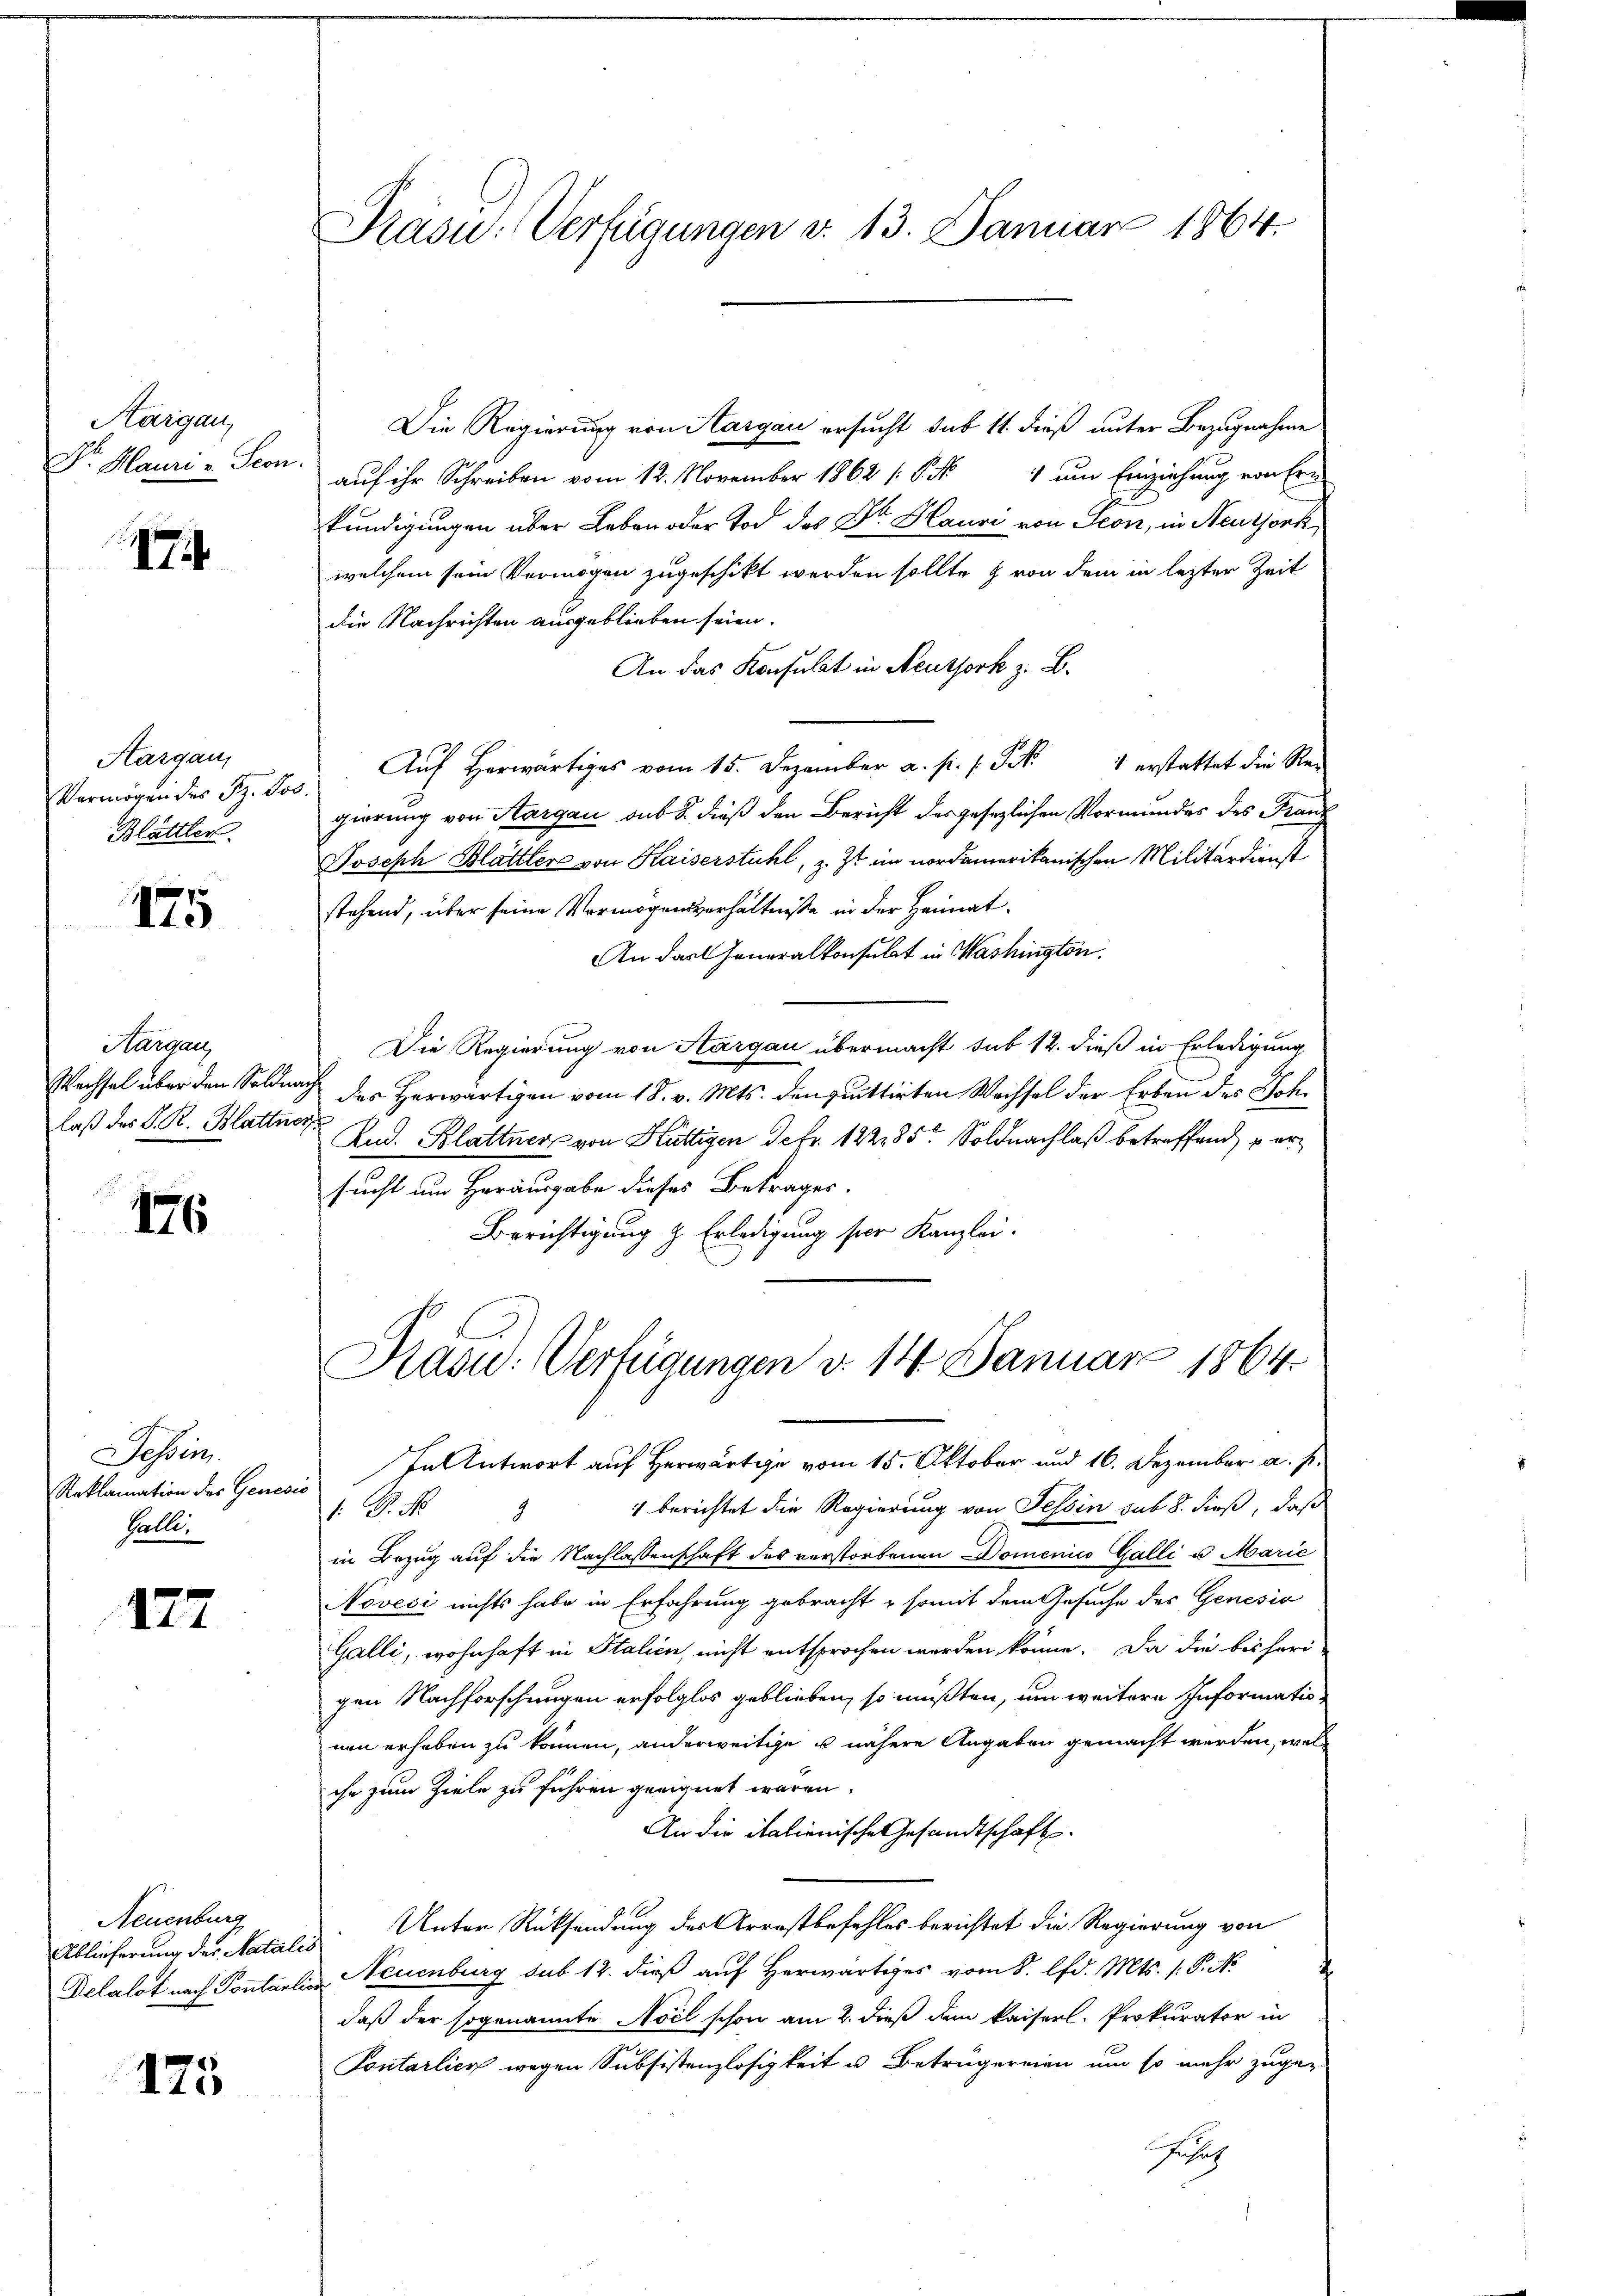
Kargau,
Dr. Mauri v. Scon.

17

Aargau,
Vermögen des Sz. Jos
Blättler

175

Aargau,
Wechsel über den Soldna
laß des K. R. Blattne

176

Tessin.
Reklamation der Geneser
Halle.

177

Neuenburg
Ablieferung des Natal¬
Delalot nach Pontant

175

PPräsid. Verfügungen v. 13. Januar 1864.

Die Regierung von Aargau ersucht sub 11. dieß unter Bezugnahme
auf ihr Schreiben vom 12. November 1862 (§ 1 um Einziehung von Ern
kundigungen über Leben oder Tod des Dr. Hause von Seon, in Neuzjork,
welchem sein Vermögen zugeschickt werden sollte & von dem in lezter Zeit
die Nachrichten ausgeblieben seien.
An das Konsulat in Neussork z. B.
Aŭf herwärtiges vom 15. Dezember a. p. s. S. 1 erstattet die Re-
gierung von Aargau sub 2. dieß den Bericht des gesezlichen Vormundes des Franz
Joseph Blattler von Kaiserstuhl, z. Zt. im nordamerikanischen Militärdienst
stehend, über seine Vermögensverhältniße in der Heimat¬
An das Generalkonsulat in Washington.
Die Regierung von Aargau übermacht sub 12. dieß in Erledigung
 des Herwärtigen vom 18. v. Mts. den quittirten Wechsel der Erben des Soh¬
And. Blattner von Hüttigen de fr. 122,85 Soldnachlaß betreffend zersucht um Herausgabe dieses Betrages.
Berichtigung & Erledigung ser Kanzlei.
Präsid. Verfügungen d. 14. Januar 1864
In Antwort auf Herwärtige vom 15. Oktober und 16. Dezember a. p.
.P. Nr. 1 berichtet die Regierung von Tessin sub. 8. dieß, daß
in Bezug auf die Nachlassenschaft des verstorbenen Domenico Galli u. Marie
Novesi nichts habe in Erfahrung gebracht & somit dem Gesuche des Genesio
Galli, wohnhaft in Stalien, nicht entsprochen werden könne. Da die bisheri-
gen Nachforschungen erfolglos geblieben, so müßten, um weitere Informationen erhaben zu können, anderweitige u nähere Angaben gemacht werden, welche zum Ziele zu führen geeignet waren.
An die italienische Gesandtschaft
 Unter Rücksendung des Arrestbefehles berichtet die Regierung von
" Neuenburg sub 12. dieß auf Herwärtiges vom 8. lfd. Mts. 1. P. N
daß der sogenannte Nocl schon am 2. dieß dem kaiserl. Prokurator in
Pontarlier wegen Subsistenzlosigkeit u. Betrugereien um so mehr zuge-
Gesuch